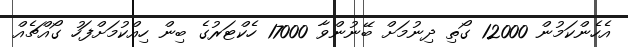
އެހެންކަމުން 12000 ގޯތި ދިނުމަށް ބޭނުންވާ 17000 ހެކްޓަރުގެ ބިން ހިއްކުމަށްފަހު ގޯއްޗެއް